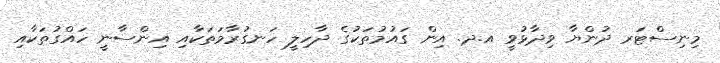
މިނިސްޓަރ ދުންޔާ ވިދާޅުވީ އ.ދ. އިން ގައުމުތަކުގެ ދާހިލީ ހަނގުރާމަތަކާއި އިންސާނީ ހައްގުތަކާއި